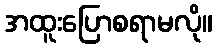
အထူးပြောစရာမလို။